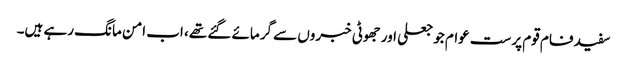
سفید فام قوم پرست عوام جو جعلی اور جھوٹی خبروں سے گرمائے گئے تھے، اب امن مانگ رہے ہیں۔